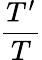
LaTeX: \frac{T^{\prime}}{T}